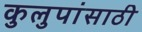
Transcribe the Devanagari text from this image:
कुलुपांसाठी